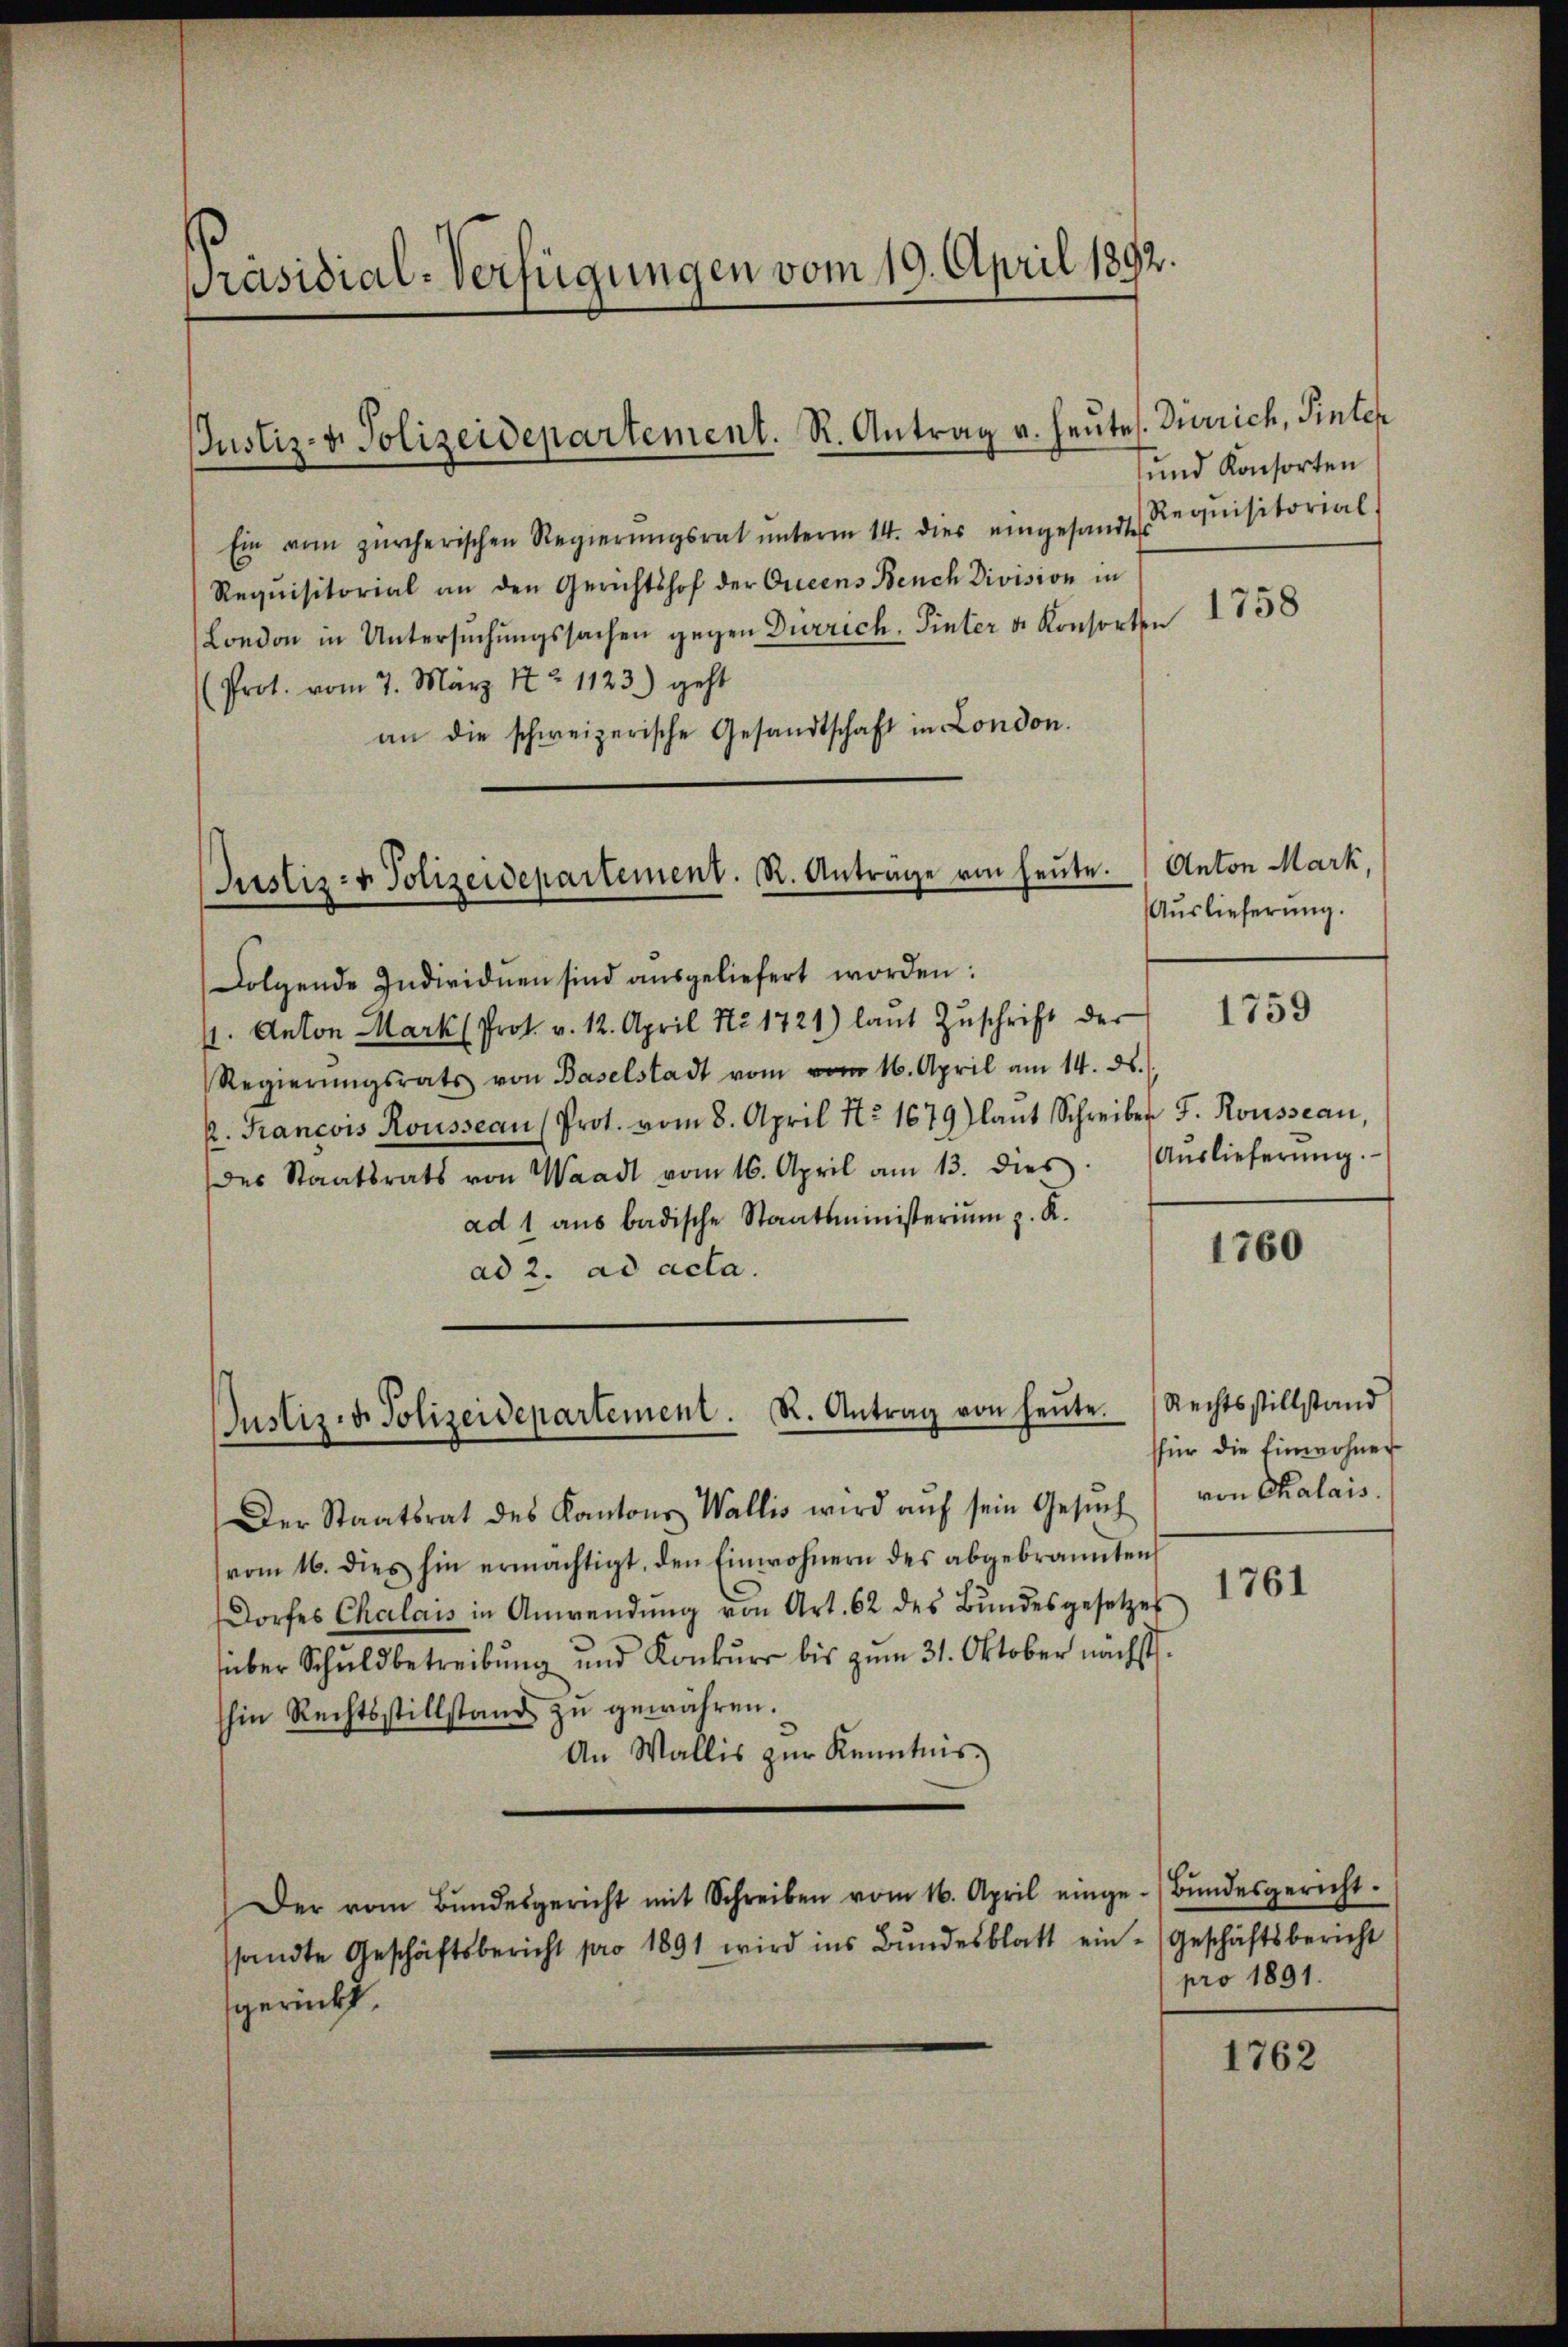
Präsidial-Verfügungen vom 19. April 1892.

Justiz- & Polizeidepartement. R. Antrag v. heutes. Dürrich, Hinter

Ein vom zürcherischen Regierŭngsrat ŭnterm 14. dies eingesandt Requisitorial.
Requisitorial an den Gerichtshof der Orieens Bench Division in
London in Untersuchungssachen gegen Dürrich. Sinter u. Konsorten 1758
(Prot. vom 7. März 172. 1123) geht
an die schweizerische Gesandtschaft in London.
Folgende Individuen sind aŭsgeliefert worden:
s. Anton Marks Prot. v. 12. April Nr 1721) laŭt Zŭschrift der 1759
Regierŭngsrats von Baselstadt vom vom 16. April am 14. ds.
k. Krancois Rousseau (Prot. vom 8. April No 1679) laŭt Schreiber F. Rousseau
des Staatsrats von Waadt vom 16. April am 13. dies. Aŭslieferŭng.
ad 1 aus badische Staatsministerium z. R.
ad 2. ad acta.
Der Staatsrat des Kantons Wallis wird aŭf sein Gesŭch (von Chalais.
vom 16. dies hin ermächtigt, den Einwohnern des abgebrannten
Dorfes Chalais in Anwendŭng von Art. 62 des Bŭndesgesetzes
über Schuldbetreibung und Konkurs bis zum 31. Oktober nächst
hin Rechtsstillstand zu gewähren.
An Wallis zur Kenntnis.
Der vom Bŭndesgericht mit Schreiben vom 16. April einge-Bŭndesgericht.
ssandte Geschäftsbericht pro 1891 wird ins Bŭndesblatt ein - (Geschäftsbericht
gerückt,

Justiz- & Polizeidepartement. R. Anträge von heute. Anton Mark,

Justiz- & Polizeidepartement. R. Antrag von heŭte. (Rechtsstillstand

und Konsorten

Auslieferung.

1760

sfür die Einwohner

1761

pro 1891.

1762